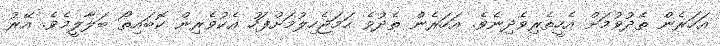
އަހަރެން ތެދުވުމަށް އެހީތެރިވެދިނެވެ. އަހަރެން ތެދުވެ ހަމަޖެހިލުމަށްފަހު އެކުވެރިން ކޮބައިތޯ ބަލާލީމެވެ. އޭރު